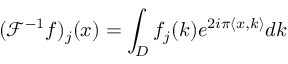
( \mathcal { F } ^ { - 1 } f ) _ { j } ( x ) = \int _ { D } f _ { j } ( k ) e ^ { 2 i \pi \langle x , k \rangle } d k